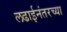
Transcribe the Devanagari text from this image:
लढाईनंतरच्या